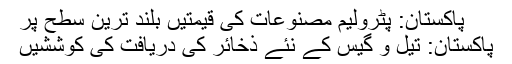
پاکستان: پٹرولیم مصنوعات کی قیمتیں بلند ترین سطح پر
پاکستان: تیل و گیس کے نئے ذخائر کی دریافت کی کوششیں